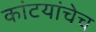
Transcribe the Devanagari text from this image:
कांटयांचेच